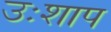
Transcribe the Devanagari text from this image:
उःशाप